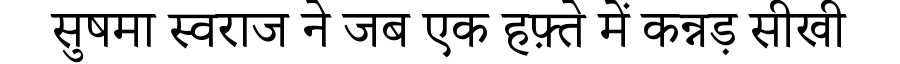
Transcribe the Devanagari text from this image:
सुषमा स्वराज ने जब एक हफ़्ते में कन्नड़ सीखी